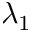
\lambda _ { 1 }